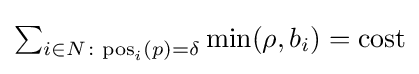
\textstyle \sum _{i\in N\colon \mathrm {pos} _{i}(p)=\delta }\min(\rho ,b_{i})=\mathrm {cost}